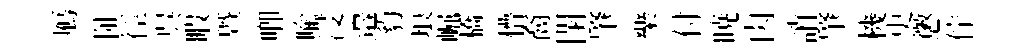
鴈阯徑呉睱曁唧喻浸邉豹琅崛橋懵裔閉肇樂付暁肉誚肇機史懲佇